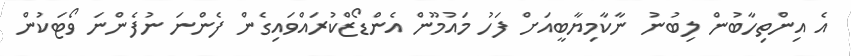
އެ އިންތިހާބުން ލިބުނު ނާކާމިޔާބީއަށް ފަހު މައުމޫން އެންޑޯޒްކުރައްވައިގެން ފެންނަ ނުފެންނަ ވޯޓަކުން